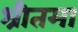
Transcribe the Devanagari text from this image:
श्रीतमा